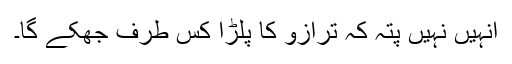
اُنہیں نہیں پتہ کہ ترازو کا پلڑا کس طرف جھکے گا۔